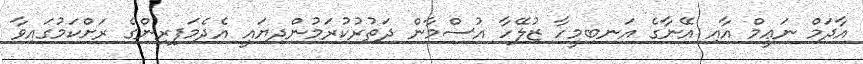
އާދަމް ނަޢީމް އާއި އޭނާގެ އަނބިމީހާ ޒުލޭހާ އުސްމާން ދަތުރުކުރަމުންދިޔައީ އެދެމަފިރިންގެ ރަށްކަމުގައިވާ